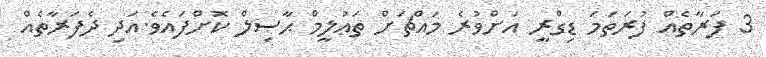
3 ފަރާތެއް ފުރަތަމަ ޑިގްރީ އަށްވުރެ މައްޗަށް ތަޢުލީމް ޙާޞިލް ކޮށްފައެވެ.އަދި ދެފަރާތެއް